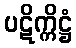
ပဋိက္ကိဋ္ဌံ